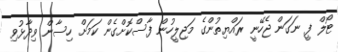
ޓޯލް ފީ ނަގަން ޖެހޭނީ ރައްޔިތުންގެ މަޖިލީހުން ފާސްކޮށްގެން ކަމަށް ހިސާން ވިދާޅުވި